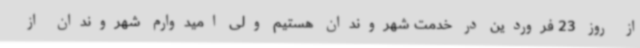
از روز 23 فروردین در خدمت شهروندان هستیم ولی امیدوارم شهروندان از